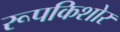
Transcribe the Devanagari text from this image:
रूपकिशोर